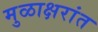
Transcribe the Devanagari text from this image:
मुळाक्षरांत